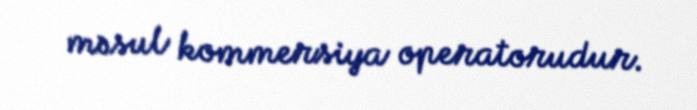
məsul kommersiya operatorudur.